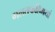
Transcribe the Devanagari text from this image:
गलतफहिमयां